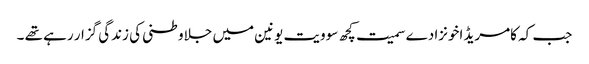
جب کہ کامریڈ اخونزادے سمیت کچھ سوویت یونین میں جلاوطنی کی زندگی گزار رہے تھے ۔